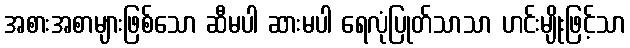
အစားအစာများဖြစ်သော ဆီမပါ ဆားမပါ ရေလုံပြုတ်သာသာ ဟင်းမျိုးဖြင့်သာ